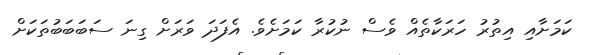
ކަމަށާއި އިތުރު ހަރަކާތެއް ވެސް ނުކުރާ ކަމަށެވެ. އެފަދަ ވަރަށް ގިނަ ސަބަބަބުތަކަށް